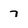
Character: 7